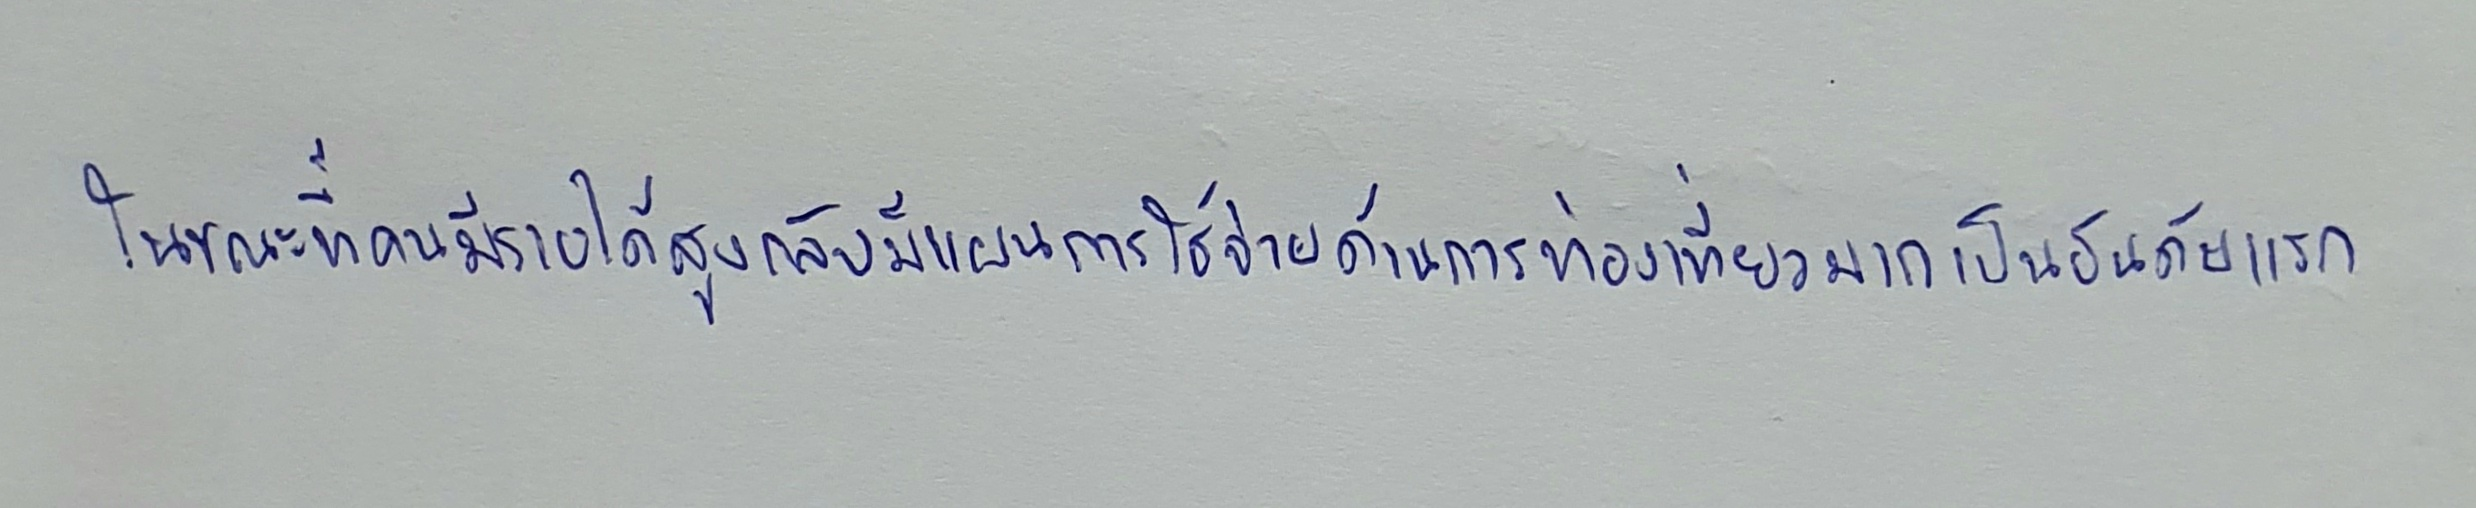
ในขณะที่คนมีรายได้สูงกลับมีแผนการใช้จ่ายด้านการท่องเที่ยวมากเป็นอันดับแรก